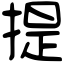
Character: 提